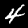
Label: 4